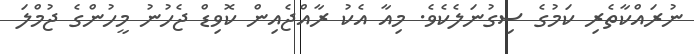
ނުރައްކާތެރި ކަމުގެ ސިގުނަލެކެވެ. މިއާ އެކު ރާއްޖެއިން ކޮވިޑް ޖެހުނު މީހުންގެ ޖުމްލަ